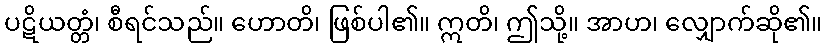
ပဋိယတ္တံ၊ စီရင်သည်။ ဟောတိ၊ ဖြစ်ပါ၏။ ဣတိ၊ ဤသို့။ အာဟ၊ လျှောက်ဆို၏။